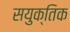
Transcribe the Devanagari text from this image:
सयुक्‍तिक